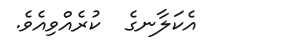
އެކަލާނގެ  ކުރެއްވިއެވެ.